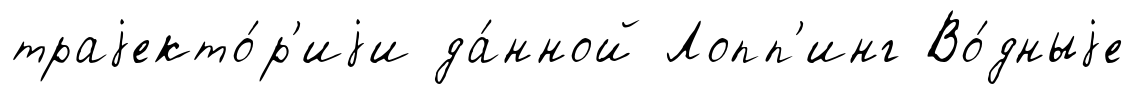
траjекто́р'иjи да́нной Лопп'инг Во́дныjе